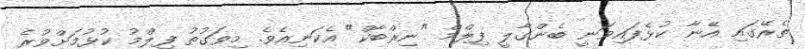
ތެރޭގައި އޭނާ ކުޅެފައިވަނީ ބެންގާލީ ފިލްމް "ނިރްބާކް" އެކަނިއެވެ. މިވަގުތު ފިލްމު ކުޅުމަށްވުރެ